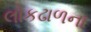
લોકઢાળના